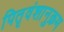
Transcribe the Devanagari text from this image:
पितृवंशानुक्रम